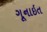
ગૂનાઇત